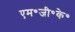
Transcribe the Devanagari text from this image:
एम॰जी॰के॰